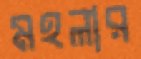
মহলার